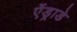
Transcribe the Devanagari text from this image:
ऐंड्राडे